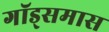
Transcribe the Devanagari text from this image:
गॉड्समास